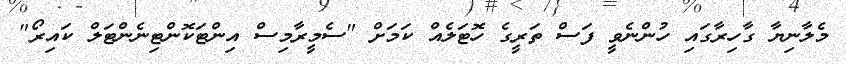
މެލާނިޔާ ގާހިރާގައި ހުންނެވީ ފަސް ތަރީގެ ހޮޓަލެއް ކަމަށް "ސެމީރާމިސް އިންޓަކޮންޓިނެންޓަލް ކައިރޯ"